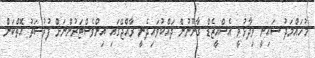
މުހައްމަދު ޝައިނީ ވިދާޅުވީ އެސްއީޒެޑް ގާނޫނުން ދައްކުވައިދެނީ ރާއްޖޭގައި އިންވެސްޓަރުންނަށް ފުރުސަތު އޮތްކަން